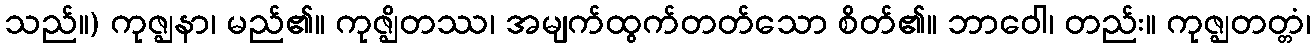
သည်။) ကုဇ္ဈနာ၊ မည်၏။ ကုဇ္ဈိတဿ၊ အမျက်ထွက်တတ်သော စိတ်၏။ ဘာဝေါ၊ တည်း။ ကုဇ္ဈတတ္တံ၊